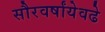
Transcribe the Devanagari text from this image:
सौरवर्षांयेवढे